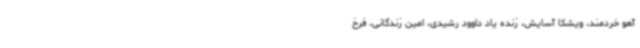
آهو خردمند، ویشکا آسایش، زنده یاد داوود رشیدی، امین زندگانی، فرخ